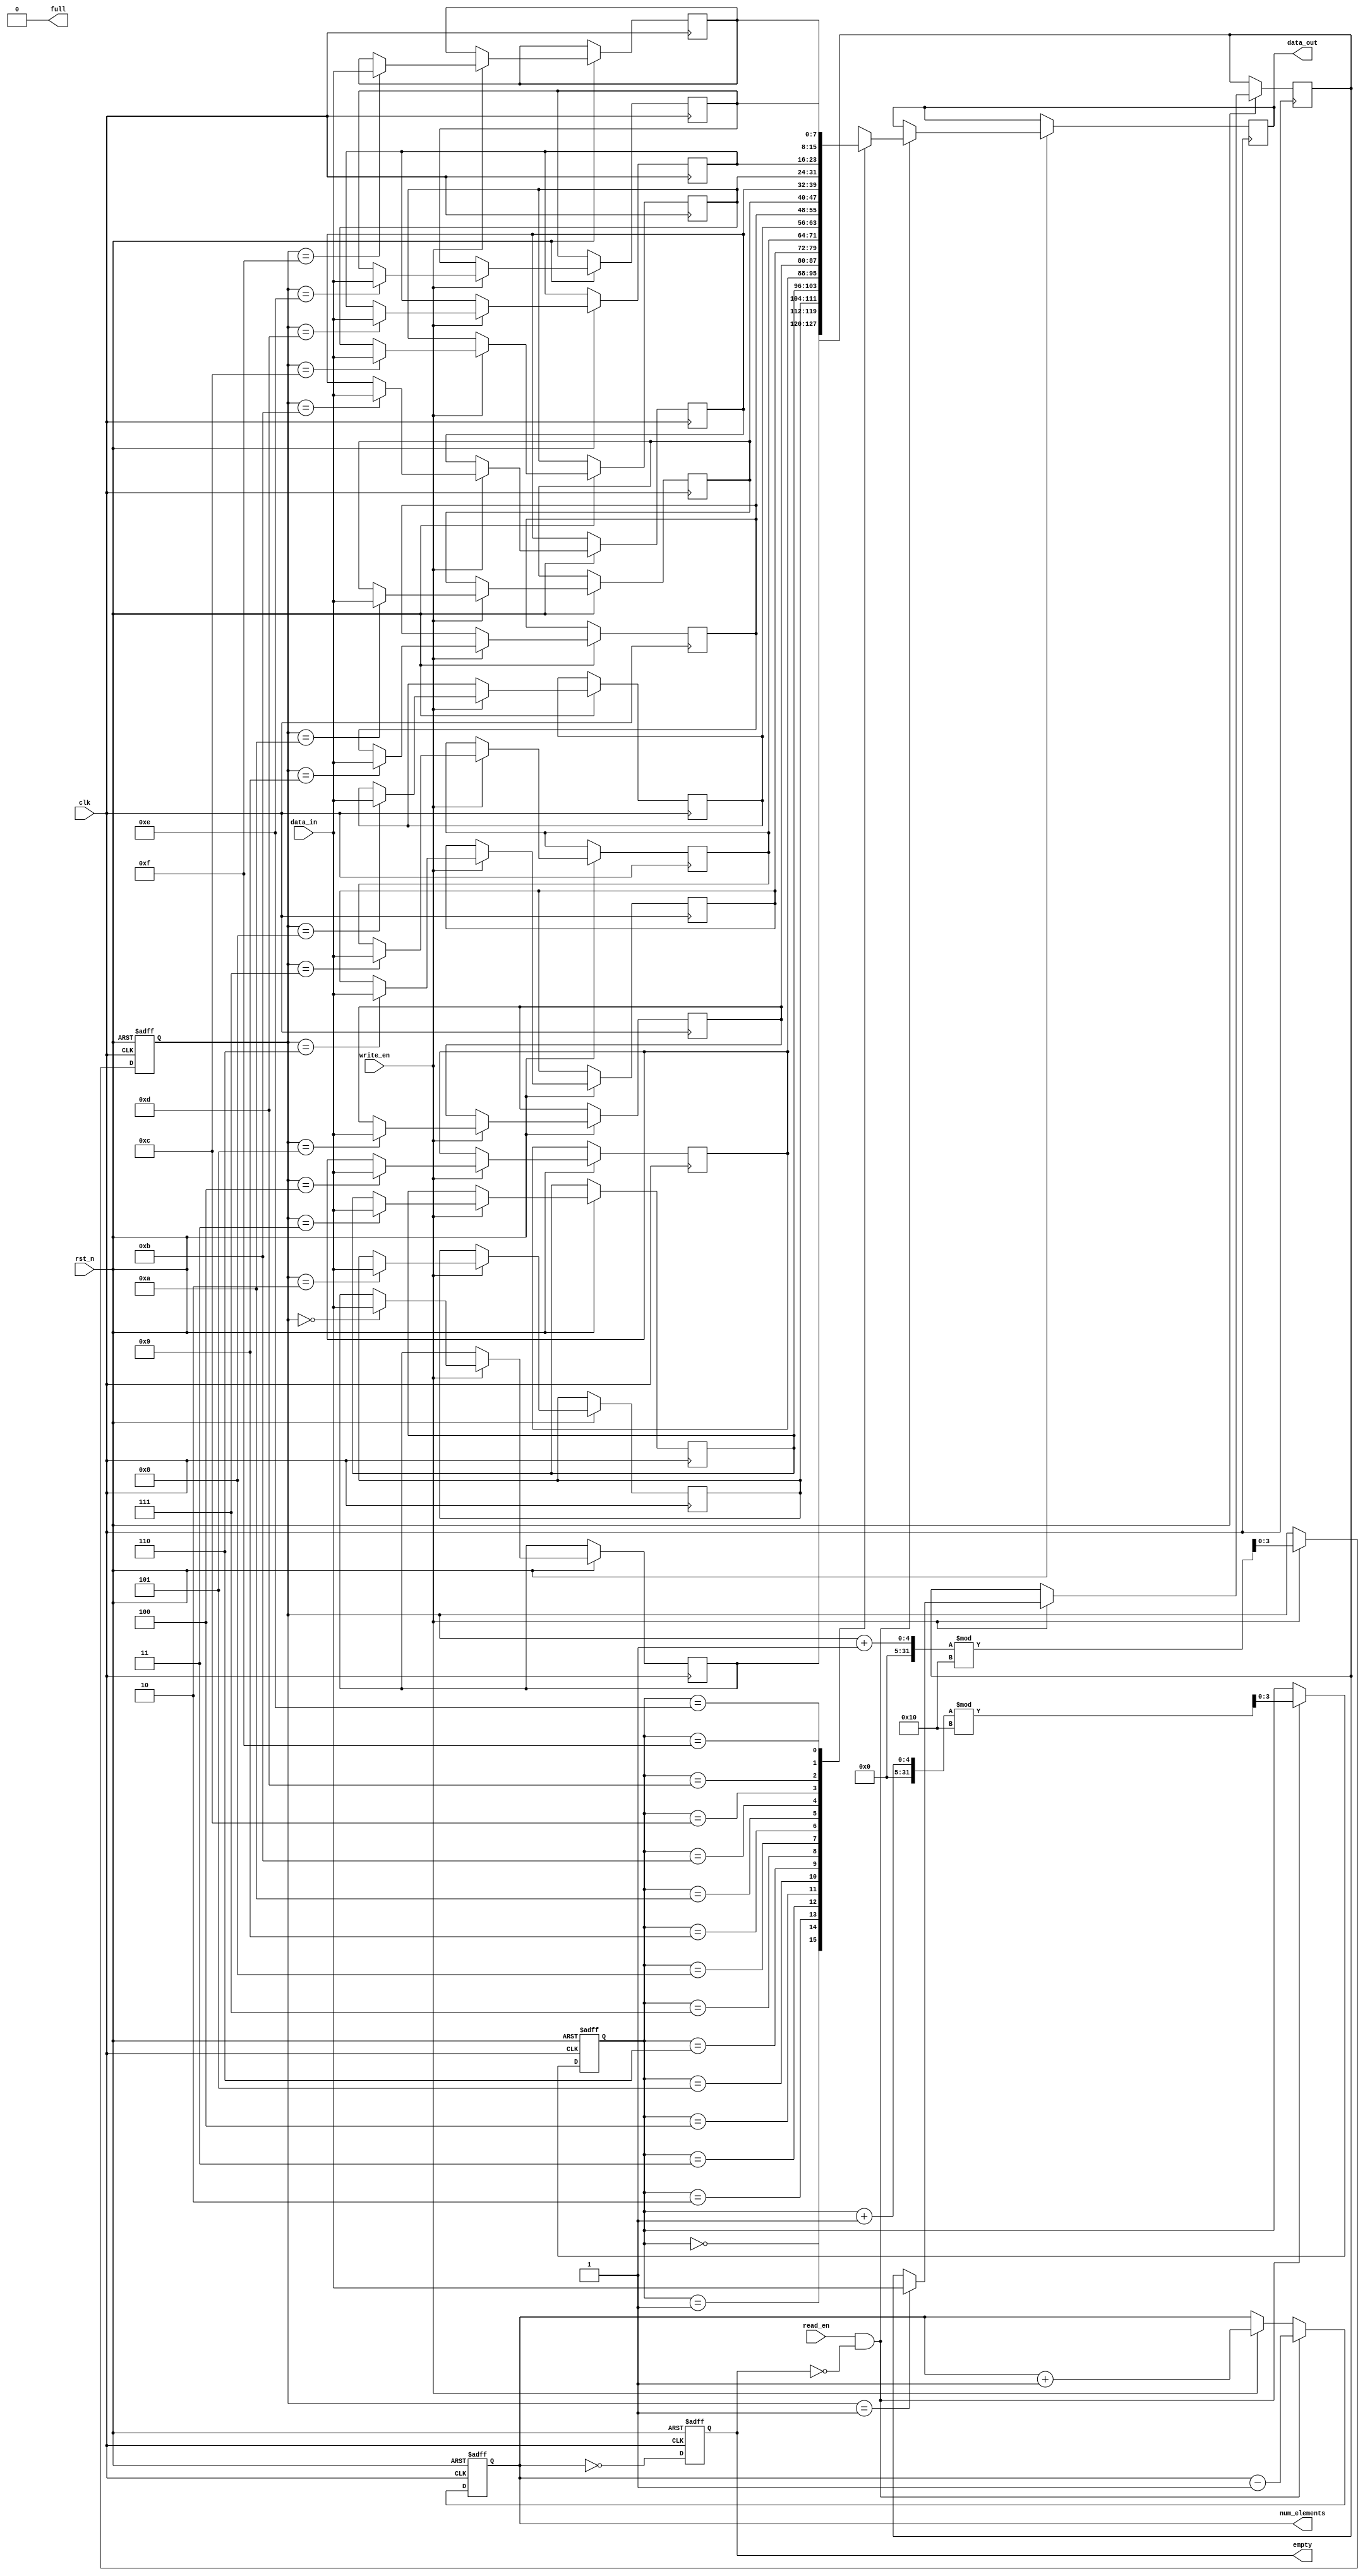
module parameterized_fifo #(
    parameter DATA_WIDTH = 8,         // Width of each data element in bits
    parameter FIFO_DEPTH = 16          // Number of entries the FIFO can hold
) (
    input clk,                         // Clock signal
    input rst_n,                       // Active low reset signal
    input write_en,                   // Write enable signal
    input read_en,                    // Read enable signal
    input [DATA_WIDTH-1:0] data_in,   // Input data bus
    output reg [DATA_WIDTH-1:0] data_out, // Output data bus
    output reg full,                  // Full flag
    output reg empty,                 // Empty flag
    output reg [ADDR_WIDTH-1:0] num_elements // Number of elements in FIFO
);

    localparam ADDR_WIDTH = $clog2(FIFO_DEPTH); // Address width derived from FIFO_DEPTH

    // Memory array for FIFO storage
    reg [DATA_WIDTH-1:0] fifo_mem[FIFO_DEPTH-1:0];

    // Pointers for read and write operations
    reg [ADDR_WIDTH-1:0] write_ptr;
    reg [ADDR_WIDTH-1:0] read_ptr;

    // Initialize pointers and flags
    initial begin
        write_ptr = 0;
        read_ptr = 0;
        full = 0;
        empty = 1;
        num_elements = 0;
    end

    // FIFO behavior on clock edge
    always @(posedge clk or negedge rst_n) begin
        if (!rst_n) begin
            // Reset logic
            write_ptr <= 0;
            read_ptr <= 0;
            full <= 0;
            empty <= 1;
            num_elements <= 0;
        end else begin
            // Write operation
            if (write_en && !full) begin
                fifo_mem[write_ptr] <= data_in; // Write data to FIFO
                write_ptr <= (write_ptr + 1) % FIFO_DEPTH; // Increment write pointer circularly
                num_elements <= num_elements + 1; // Update number of elements
            end

            // Read operation
            if (read_en && !empty) begin
                data_out <= fifo_mem[read_ptr]; // Read data from FIFO
                read_ptr <= (read_ptr + 1) % FIFO_DEPTH; // Increment read pointer circularly
                num_elements <= num_elements - 1; // Update number of elements
            end

            // Update full and empty flags
            full <= (num_elements == FIFO_DEPTH);
            empty <= (num_elements == 0);
        end
    end

endmodule